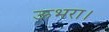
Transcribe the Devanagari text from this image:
ऊभरा।